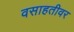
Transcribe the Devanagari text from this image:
वसाहतीवर